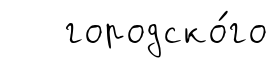
городско́го